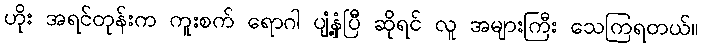
ဟိုး အရင်တုန်းက ကူးစက် ရောဂါ ပျံ့နှံ့ပြီ ဆိုရင် လူ အများကြီး သေကြရတယ်။